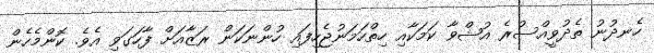
ހެނދުނު ތެދުވީއްސުރެ އުޝްވާ ކަމަކާއި ހިތްހަމަނުޖެހިފައި ހުންނަކަން ރަޒާއަށް ފާހަގަވި އެވެ. ކޮންމެހެން